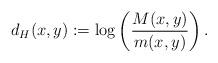
LaTeX: \begin{align*}d_H(x,y):=\log\left(\frac{M(x,y)}{m(x,y)}\right).\end{align*}